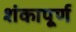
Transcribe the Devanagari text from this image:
शंकापूर्ण